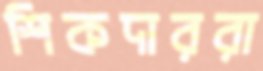
শিকদাররা